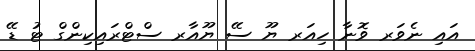
އައި ނެވަރ ވޮނާ ހިއަރ ޔޫ ސޭ ޔޫއާރ ސްޓްރައިކިންގް ޓު ޑޭ